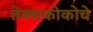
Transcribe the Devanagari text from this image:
तेक्सकोकोचे